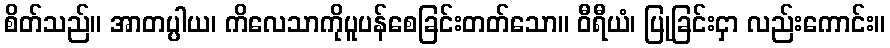
စိတ်သည်။ အာတပ္ပါယ၊ ကိလေသာကိုပူပန်စေခြင်းတတ်သော။ ဝီရီယံ၊ ပြုခြင်းငှာ လည်းကောင်း။